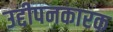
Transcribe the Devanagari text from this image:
उद्दीपनकारक